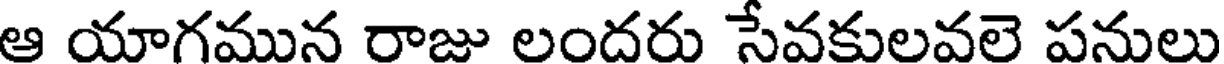
ఆ యాగమున రాజు లందరు సేవకులవలె పనులు